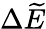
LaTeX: \Delta\widetilde{E}